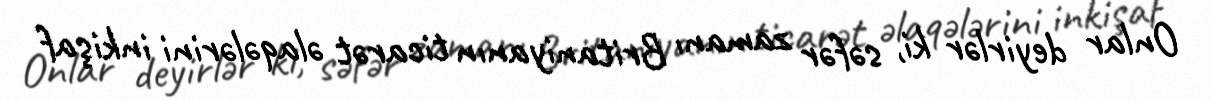
Onlar deyirlər ki, səfər zamanı Britaniyanın ticarət əlaqələrini inkişaf